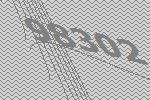
98302